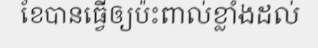
ខែបានធ្វើឲ្យប៉ះពាល់ខ្លាំងដល់